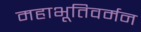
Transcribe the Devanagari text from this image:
महाभूतिवर्मन